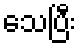
သေပြီး